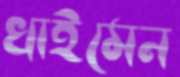
খাইমেন